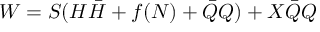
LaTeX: W = S ( H \bar { H } + f ( N ) + \bar { Q } Q ) + X \bar { Q } Q